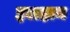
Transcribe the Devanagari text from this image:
इलहान